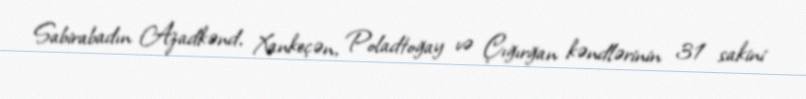
Sabirabadın Azadkənd, Xankeçən, Poladtoğay və Çığırğan kəndlərinin 31 sakini